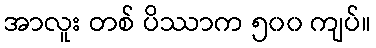
အာလူး တစ် ပိဿာက ၅၀၀ ကျပ်။